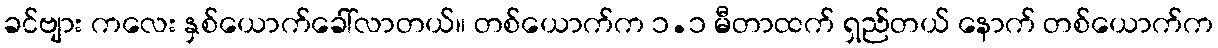
ခင်ဗျား ကလေး နှစ်ယောက်ခေါ်လာတယ်။ တစ်ယောက်က ၁.၁ မီတာထက် ရှည်တယ် နောက် တစ်ယောက်က